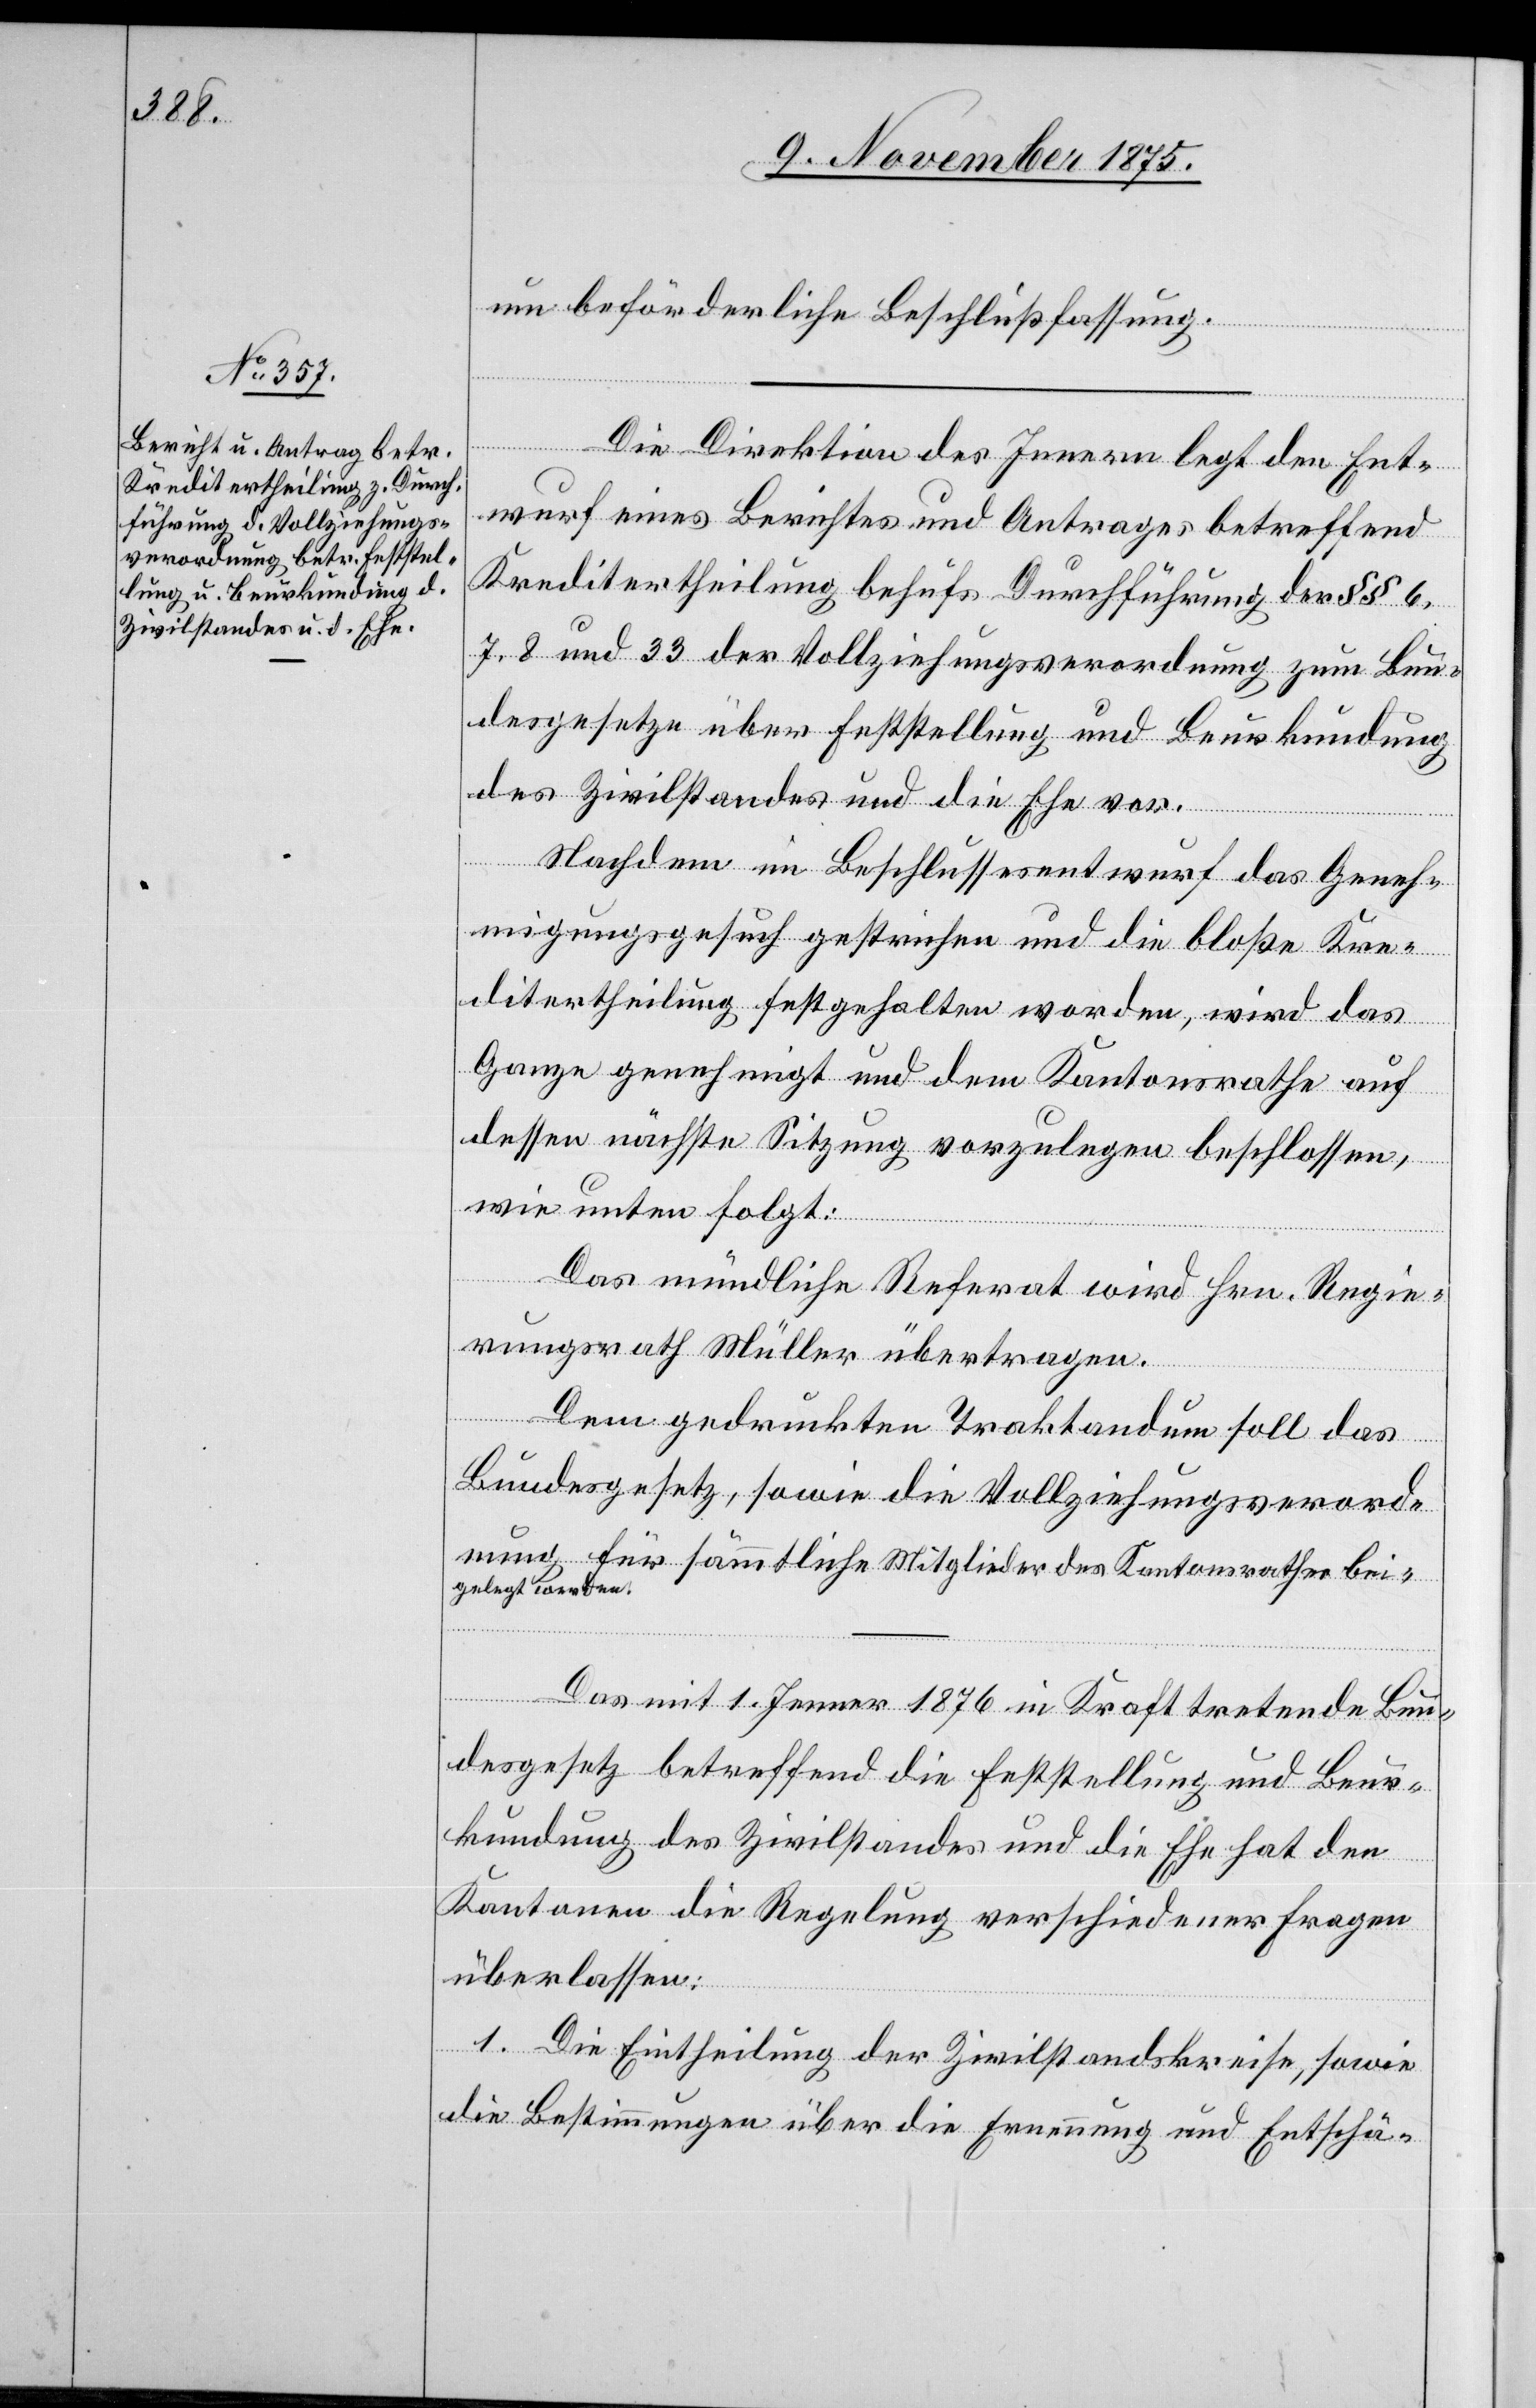
um beförderliche Beschlußfassung.
Die Direktion des Innern legt den Ent¬
wurf eines Berichtes und Antrages betreffend
Kreditertheilung behufs Durchführung der §§ 6,
7, 8 und 33 der Vollziehungsverordnung zum Bun¬
desgesetze über Feststellung und Beurkundung
des Zivilstandes und die Ehe vor.
Nachdem im Beschlussesentwurf das Geneh¬
migungsgesuch gestrichen und die bloße Kre¬
ditertheilung festgehalten worden, wird das
Ganze genehmigt und dem Kantonsrathe auf
dessen nächste Sitzung vorzulegen beschlossen,
wie unten folgt:
Das mündliche Referat wird Hrn. Regie¬
rungsrath Müller übertragen.
Dem gedruckten Traktandum soll das
Bundesgesetz, sowie die Vollziehungsverord¬
nung für sämmtliche Mitglieder des Kantonsrathes bei¬
gelegt werden.
Das mit 1. Jenner 1876 in Kraft tretende Bun¬
desgesetz betreffend die Feststellung und Beur¬
kundung des Zivilstandes und die Ehe hat den
Kantonen die Regelung verschiedener Fragen
überlassen:
1. Die Eintheilung der Zivilstandskreise, sowie
die Bestimmungen über die Ernennung und Entschä-